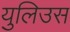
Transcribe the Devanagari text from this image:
युलिउस